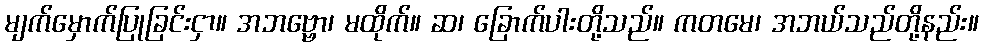
မျက်မှောက်ပြုခြင်းငှာ။ အဘဗ္ဗော၊ မထိုက်။ ဆ၊ ခြောက်ပါးတို့သည်။ ကတမေ၊ အဘယ်သည်တို့နည်း။